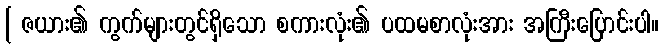
[ ဇယား၏ ကွက်များတွင်ရှိသော စကားလုံး၏ ပထမစာလုံးအား အကြီးပြောင်းပါ။